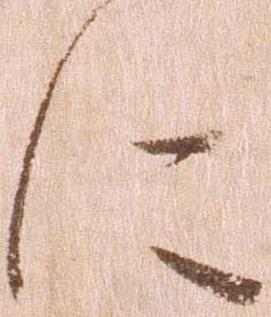
に